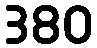
380